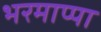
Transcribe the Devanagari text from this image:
भरमाप्पा